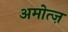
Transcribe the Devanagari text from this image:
अमोत्ज़